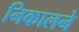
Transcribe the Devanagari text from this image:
निकालने